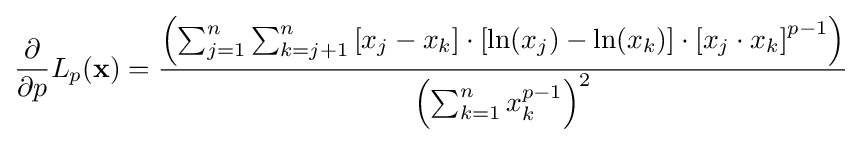
{\frac {\partial }{\partial p}}L_{p}(\mathbf {x} )={\frac {\left(\sum _{j=1}^{n}\sum _{k=j+1}^{n}\left[x_{j}-x_{k}\right]\cdot \left[\ln(x_{j})-\ln(x_{k})\right]\cdot \left[x_{j}\cdot x_{k}\right]^{p-1}\right)}{\left(\sum _{k=1}^{n}x_{k}^{p-1}\right)^{2}}}